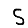
Digit: 5